NAE_ERA_R-2632_ENSV_TA_Emakeele_Selts_1945-1955, lk 5
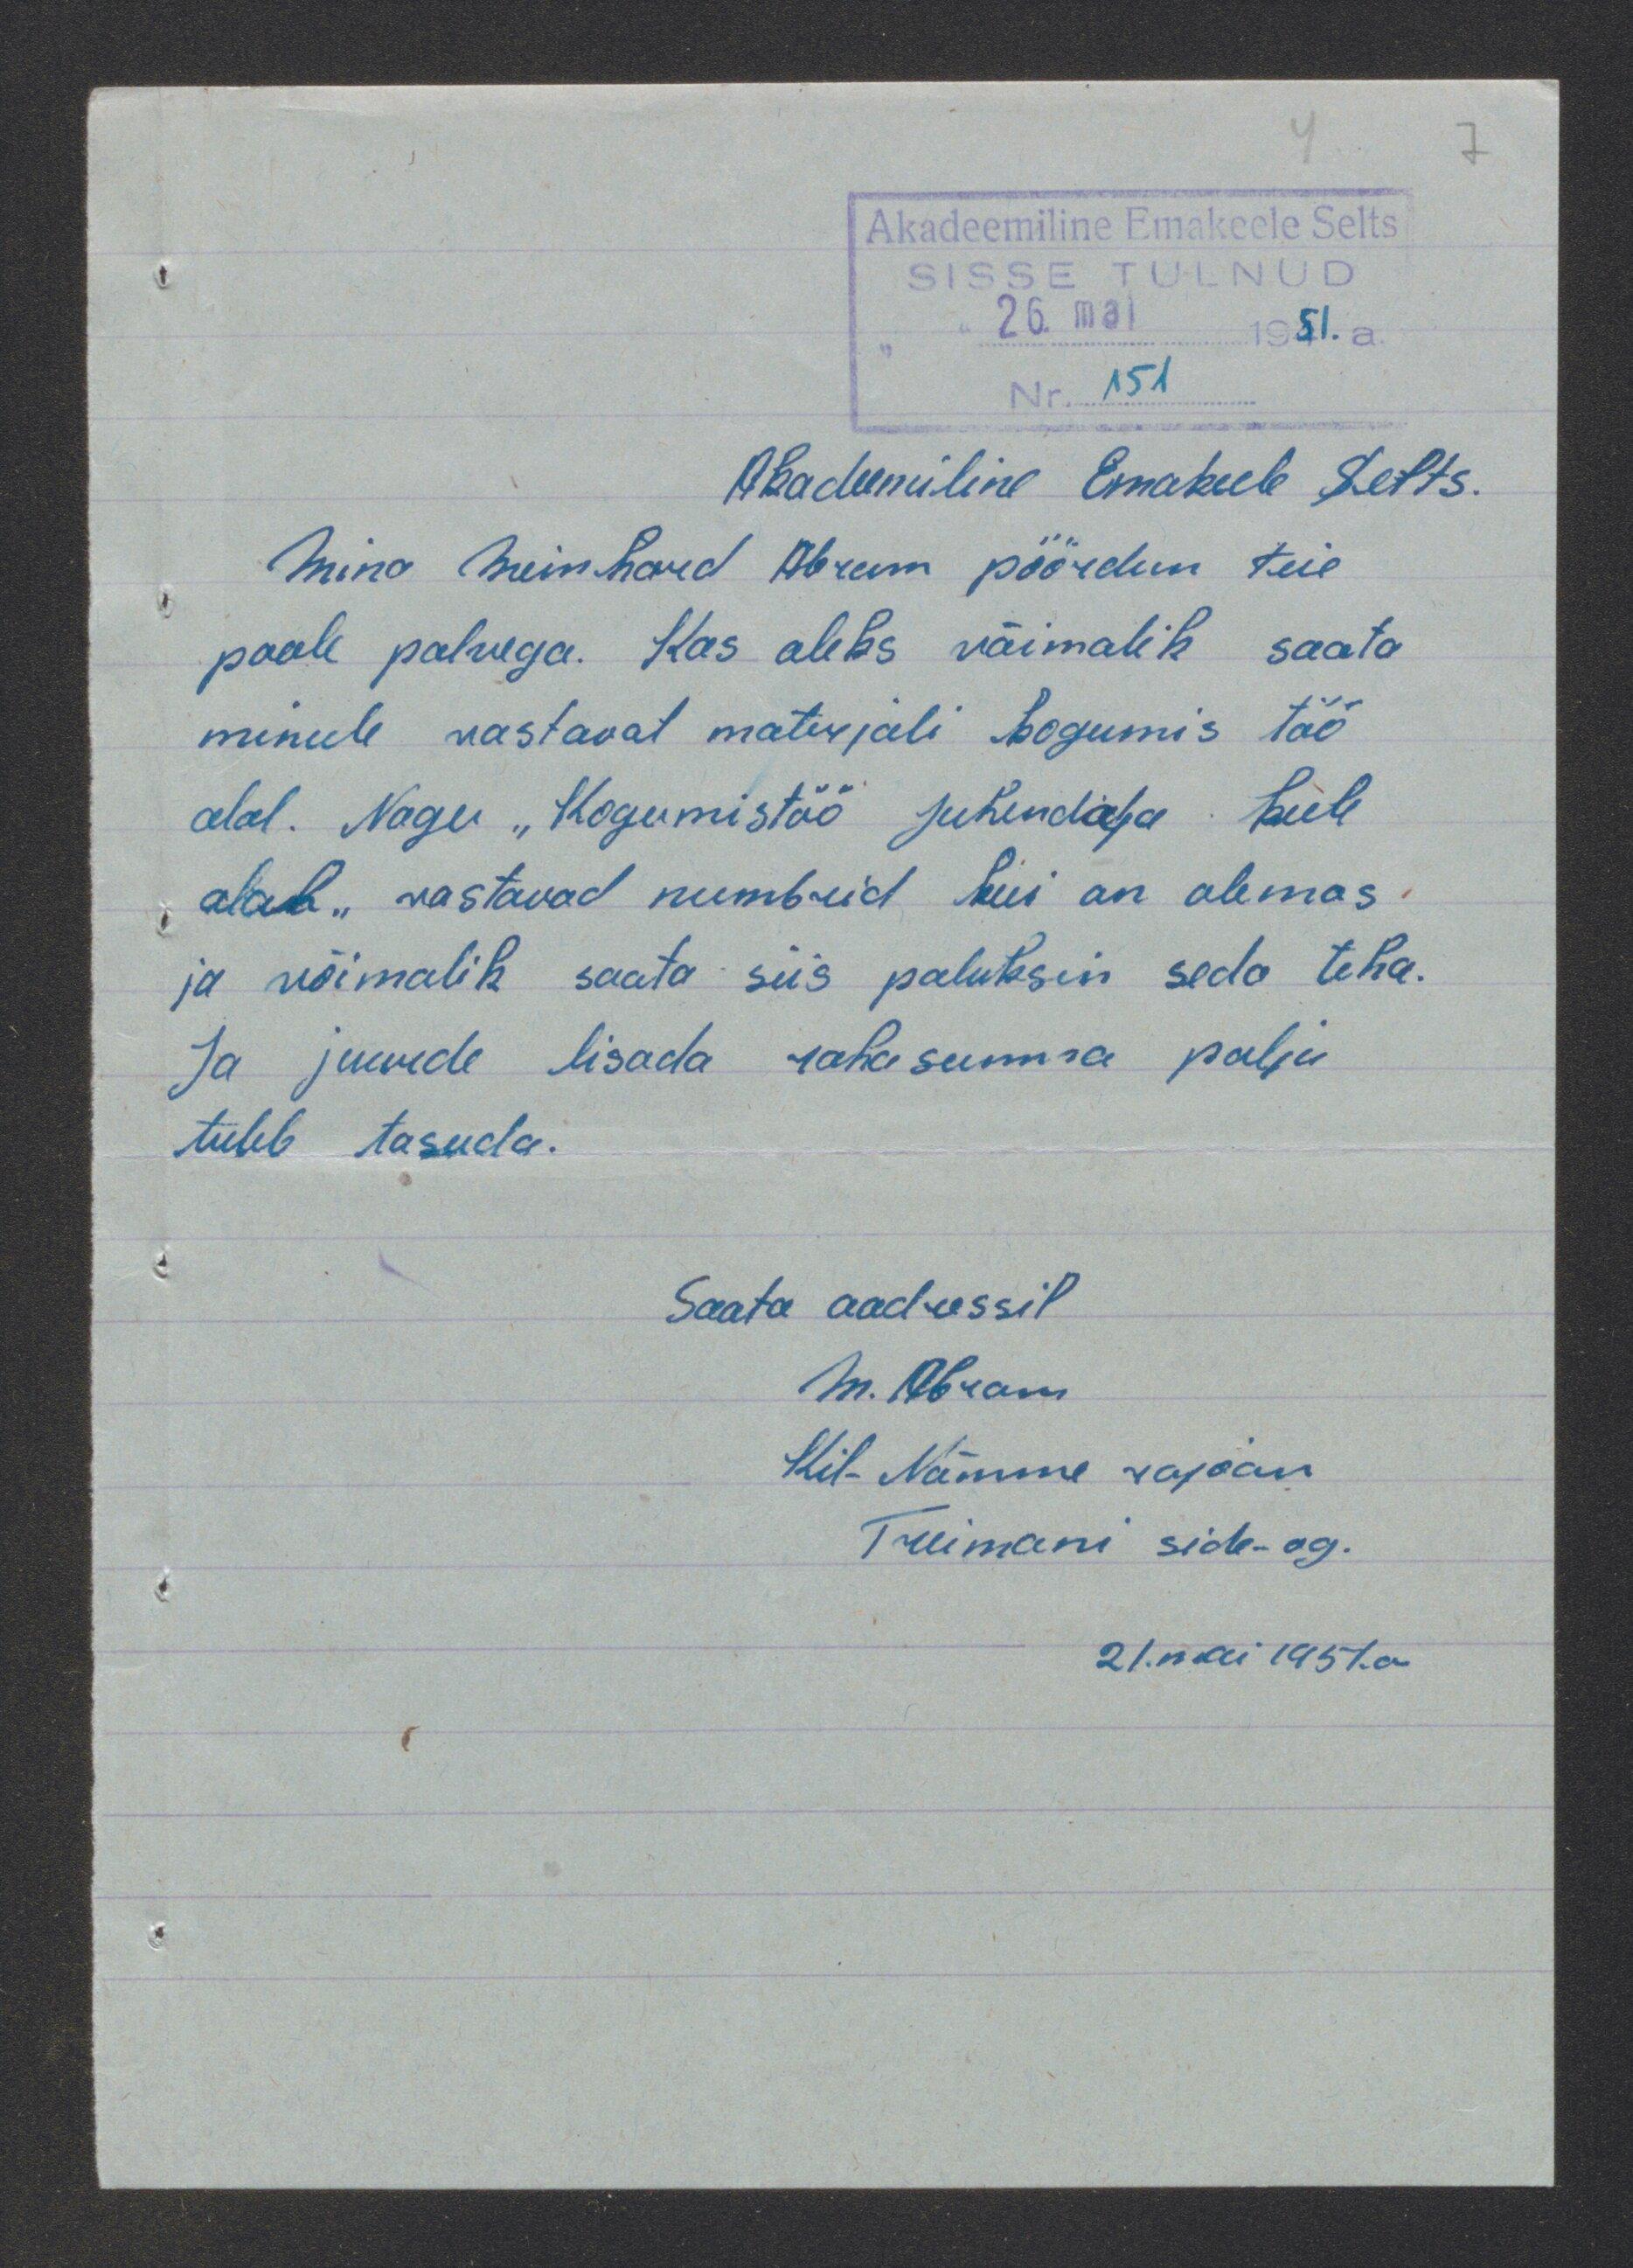
Akadeemiline Emakeele Selts.
Mina Meinhard Abram pöördun teie
poole palvega. Kas oleks võimalik saata
minule vastavat materjali kogumis töö
alal. Nagu "Kogumistöö juhendaja keele
ala" vastavad numbrid kui on olemas.
ja võimalik saata siis paluksin seda teha.
Ja juurde lisada rahasumma palju
tuleb tasuda.
Saata aadressil
M. Abran
Kil-Nõmme rajoon
Treimani side-ag.
21. mai 1957.a